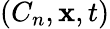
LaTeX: \left({{C_{n}},{\mathbf{x}},t}\right)